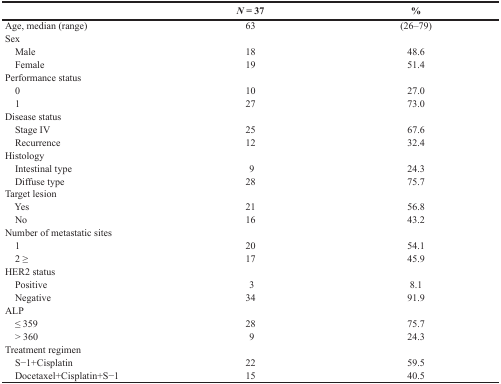
<table><thead><tr><td></td><td><b><i>N</i> = 37</b></td><td><b>%</b></td></tr></thead><tbody><tr><td>Age, median (range)</td><td>63</td><td>(26–79)</td></tr><tr><td>Sex</td><td></td><td></td></tr><tr><td> Male</td><td>18</td><td>48.6</td></tr><tr><td> Female</td><td>19</td><td>51.4</td></tr><tr><td>Performance status</td><td></td><td></td></tr><tr><td> 0</td><td>10</td><td>27.0</td></tr><tr><td> 1</td><td>27</td><td>73.0</td></tr><tr><td>Disease status</td><td></td><td></td></tr><tr><td> Stage IV</td><td>25</td><td>67.6</td></tr><tr><td> Recurrence</td><td>12</td><td>32.4</td></tr><tr><td>Histology</td><td></td><td></td></tr><tr><td> Intestinal type</td><td>9</td><td>24.3</td></tr><tr><td> Diffuse type</td><td>28</td><td>75.7</td></tr><tr><td>Target lesion</td><td></td><td></td></tr><tr><td> Yes</td><td>21</td><td>56.8</td></tr><tr><td> No</td><td>16</td><td>43.2</td></tr><tr><td>Number of metastatic sites</td><td></td><td></td></tr><tr><td> 1</td><td>20</td><td>54.1</td></tr><tr><td> 2 ≥</td><td>17</td><td>45.9</td></tr><tr><td>HER2 status</td><td></td><td></td></tr><tr><td> Positive</td><td>3</td><td>8.1</td></tr><tr><td> Negative</td><td>34</td><td>91.9</td></tr><tr><td>ALP</td><td></td><td></td></tr><tr><td> ≤ 359</td><td>28</td><td>75.7</td></tr><tr><td> &gt; 360</td><td>9</td><td>24.3</td></tr><tr><td>Treatment regimen</td><td></td><td></td></tr><tr><td> S−1+Cisplatin</td><td>22</td><td>59.5</td></tr><tr><td> Docetaxel+Cisplatin+S−1</td><td>15</td><td>40.5</td></tr></tbody></table>